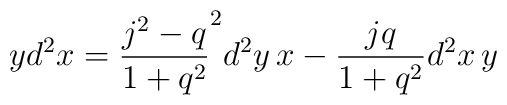
yd^2x=\frac{j^2-q}{1+q^2}^2d^2y\, x-\frac{jq}{1+q^2}d^2x\, y